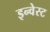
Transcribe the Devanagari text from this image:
इन्वेस्ट